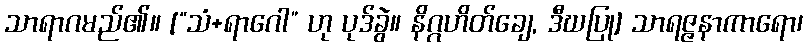
သာရာဂမည်၏။ [“သံ+ရာဂေါ” ဟု ပုဒ်ခွဲ။ နိဂ္ဂဟိတ်ချေ, ဒီဃပြု] သာရဇ္ဇနာကာရော၊